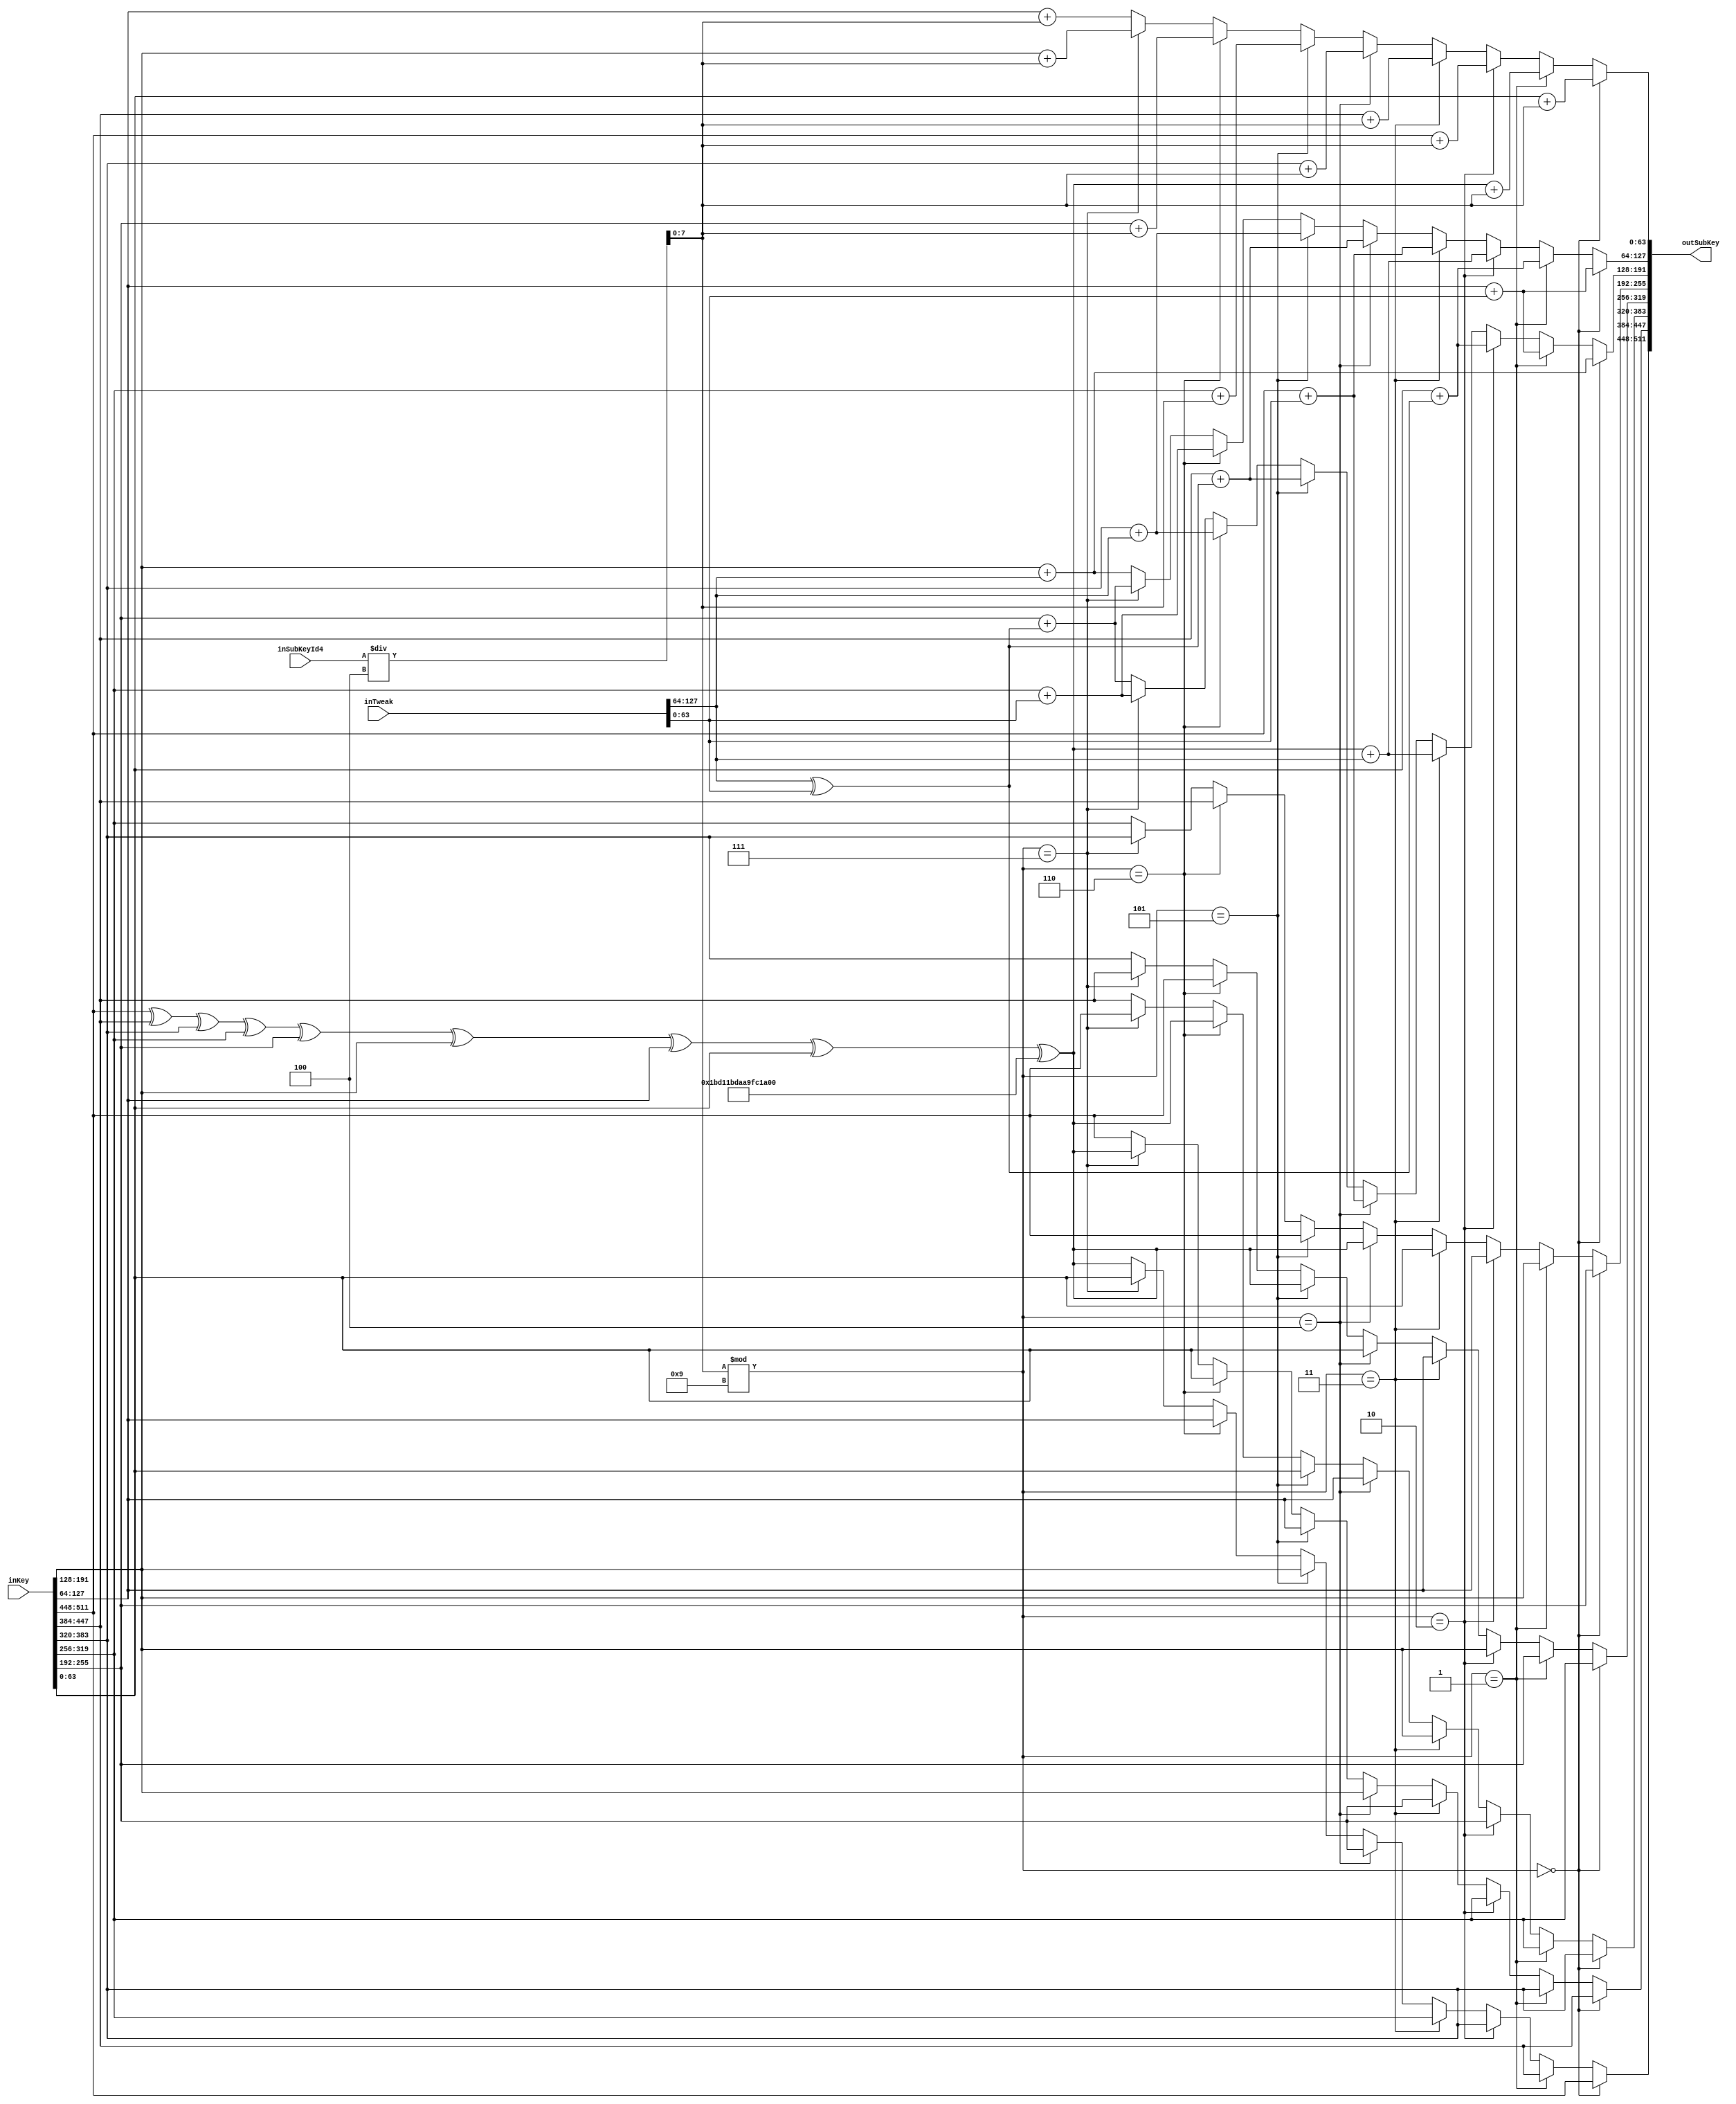
// It is implementation of KeySchedule function in threefish.

module KeyFunc (
	input wire	[511:0] inKey,
	input wire	[127:0] inTweak,
	input wire  [7:0]   inSubKeyId4,
	output wire [511:0] outSubKey);
	
wire [7:0] inSubKeyId;
	
assign inSubKeyId = inSubKeyId4 / 4;
	

assign outSubKey[511:448] = 	(inSubKeyId % 9 == 8'd0) ? 	inKey[511:448] :
										(inSubKeyId % 9 == 8'd1) ? 	inKey[447:384] :
										(inSubKeyId % 9 == 8'd2) ? 	inKey[383:320] :
										(inSubKeyId % 9 == 8'd3) ? 	inKey[319:256] :
										(inSubKeyId % 9 == 8'd4) ? 	inKey[255:192] :
										(inSubKeyId % 9 == 8'd5) ? 	inKey[191:128] :
										(inSubKeyId % 9 == 8'd6) ? 	inKey[127:64] :
										(inSubKeyId % 9 == 8'd7) ? 	inKey[63:0] : inKey[511:448] ^ inKey[447:384] ^ inKey[383:320] ^ inKey[319:256] ^ inKey[255:192] ^ inKey[191:128] ^ inKey[127:64] ^ inKey[63:0] ^ 64'h1BD11BDAA9FC1A22;

assign outSubKey[447:384] = 	(inSubKeyId % 9 == 8'd0) ? 	inKey[447:384] :
										(inSubKeyId % 9 == 8'd1) ? 	inKey[383:320] :
										(inSubKeyId % 9 == 8'd2) ? 	inKey[319:256] :
										(inSubKeyId % 9 == 8'd3) ? 	inKey[255:192] :
										(inSubKeyId % 9 == 8'd4) ? 	inKey[191:128] :
										(inSubKeyId % 9 == 8'd5) ? 	inKey[127:64]  :
										(inSubKeyId % 9 == 8'd6) ? 	inKey[63:0]   :
										(inSubKeyId % 9 == 8'd7) ? 	inKey[511:448] ^ inKey[447:384] ^ inKey[383:320] ^ inKey[319:256] ^ inKey[255:192] ^ inKey[191:128] ^ inKey[127:64] ^ inKey[63:0] ^ 64'h1BD11BDAA9FC1A22 : inKey[511:448];

assign outSubKey[383:320] = 	(inSubKeyId % 9 == 8'd0) ? 	inKey[383:320] :
										(inSubKeyId % 9 == 8'd1) ? 	inKey[319:256] :
										(inSubKeyId % 9 == 8'd2) ? 	inKey[255:192] :
										(inSubKeyId % 9 == 8'd3) ? 	inKey[191:128] :
										(inSubKeyId % 9 == 8'd4) ? 	inKey[127:64]  :
										(inSubKeyId % 9 == 8'd5) ? 	inKey[63:0]    :
										(inSubKeyId % 9 == 8'd6) ? 	inKey[511:448] ^ inKey[447:384] ^ inKey[383:320] ^ inKey[319:256] ^ inKey[255:192] ^ inKey[191:128] ^ inKey[127:64] ^ inKey[63:0] ^ 64'h1BD11BDAA9FC1A22   :
										(inSubKeyId % 9 == 8'd7) ? 	inKey[511:448] : inKey[447:384];

assign outSubKey[319:256] = 	(inSubKeyId % 9 == 8'd0) ? 	inKey[319:256] :
										(inSubKeyId % 9 == 8'd1) ? 	inKey[255:192] :
										(inSubKeyId % 9 == 8'd2) ? 	inKey[191:128] :
										(inSubKeyId % 9 == 8'd3) ? 	inKey[127:64]  :
										(inSubKeyId % 9 == 8'd4) ? 	inKey[63:0]    :
										(inSubKeyId % 9 == 8'd5) ? 	inKey[511:448] ^ inKey[447:384] ^ inKey[383:320] ^ inKey[319:256] ^ inKey[255:192] ^ inKey[191:128] ^ inKey[127:64] ^ inKey[63:0] ^ 64'h1BD11BDAA9FC1A22   :
										(inSubKeyId % 9 == 8'd6) ? 	inKey[511:448] :
										(inSubKeyId % 9 == 8'd7) ? 	inKey[447:384] : inKey[383:320];

assign outSubKey[255:192] = 	(inSubKeyId % 9 == 8'd0) ? 	inKey[255:192] :
										(inSubKeyId % 9 == 8'd1) ? 	inKey[191:128] :
										(inSubKeyId % 9 == 8'd2) ? 	inKey[127:64]  :
										(inSubKeyId % 9 == 8'd3) ? 	inKey[63:0]    :
										(inSubKeyId % 9 == 8'd4) ? 	inKey[511:448] ^ inKey[447:384] ^ inKey[383:320] ^ inKey[319:256] ^ inKey[255:192] ^ inKey[191:128] ^ inKey[127:64] ^ inKey[63:0] ^ 64'h1BD11BDAA9FC1A22   :
										(inSubKeyId % 9 == 8'd5) ? 	inKey[511:448] :
										(inSubKeyId % 9 == 8'd6) ? 	inKey[447:384] :
										(inSubKeyId % 9 == 8'd7) ? 	inKey[383:320] : inKey[319:256];

assign outSubKey[191:128] = 	(inSubKeyId % 9 == 8'd0) ? 	inKey[191:128] + inTweak[127:64] :
										(inSubKeyId % 9 == 8'd1) ? 	inKey[127:64]  + inTweak[63:0] :
										(inSubKeyId % 9 == 8'd2) ? 	inKey[63:0]    + (inTweak[127:64] ^ inTweak[63:0]) :
										(inSubKeyId % 9 == 8'd3) ? 	(inKey[511:448] ^ inKey[447:384] ^ inKey[383:320] ^ inKey[319:256] ^ inKey[255:192] ^ inKey[191:128] ^ inKey[127:64] ^ inKey[63:0] ^ 64'h1BD11BDAA9FC1A22) + inTweak[127:64]  :
										(inSubKeyId % 9 == 8'd4) ? 	inKey[511:448] + inTweak[63:0] :
										(inSubKeyId % 9 == 8'd5) ? 	inKey[447:384] + (inTweak[127:64] ^ inTweak[63:0]) :
										(inSubKeyId % 9 == 8'd6) ? 	inKey[383:320] + inTweak[127:64] :
										(inSubKeyId % 9 == 8'd7) ? 	inKey[319:256] + inTweak[63:0] : inKey[255:192] + (inTweak[127:64] ^ inTweak[63:0]);

assign outSubKey[127:64] = 	(inSubKeyId % 9 == 8'd0) ? 	inKey[127:64]  + inTweak[63:0] :
										(inSubKeyId % 9 == 8'd1) ? 	inKey[63:0]    + (inTweak[127:64] ^ inTweak[63:0]) :
										(inSubKeyId % 9 == 8'd2) ? 	(inKey[511:448] ^ inKey[447:384] ^ inKey[383:320] ^ inKey[319:256] ^ inKey[255:192] ^ inKey[191:128] ^ inKey[127:64] ^ inKey[63:0] ^ 64'h1BD11BDAA9FC1A22) + inTweak[127:64]  :
										(inSubKeyId % 9 == 8'd3) ? 	inKey[511:448] + inTweak[63:0] :
										(inSubKeyId % 9 == 8'd4) ? 	inKey[447:384] + (inTweak[127:64] ^ inTweak[63:0]) :
										(inSubKeyId % 9 == 8'd5) ? 	inKey[383:320] + inTweak[127:64] :
										(inSubKeyId % 9 == 8'd6) ? 	inKey[319:256] + inTweak[63:0] :
										(inSubKeyId % 9 == 8'd7) ? 	inKey[255:192] + (inTweak[127:64] ^ inTweak[63:0]) : inKey[191:128] + inTweak[127:64];										
										
assign outSubKey[63:0] = 		(inSubKeyId % 9 == 8'd0) ? 	inKey[63:0]    + inSubKeyId[7:0] :
										(inSubKeyId % 9 == 8'd1) ? 	(inKey[511:448] ^ inKey[447:384] ^ inKey[383:320] ^ inKey[319:256] ^ inKey[255:192] ^ inKey[191:128] ^ inKey[127:64] ^ inKey[63:0] ^ 64'h1BD11BDAA9FC1A22) + inSubKeyId  :
										(inSubKeyId % 9 == 8'd2) ? 	inKey[511:448] + inSubKeyId[7:0] :
										(inSubKeyId % 9 == 8'd3) ? 	inKey[447:384] + inSubKeyId[7:0] :
										(inSubKeyId % 9 == 8'd4) ? 	inKey[383:320] + inSubKeyId[7:0] :
										(inSubKeyId % 9 == 8'd5) ? 	inKey[319:256] + inSubKeyId[7:0] :
										(inSubKeyId % 9 == 8'd6) ? 	inKey[255:192] + inSubKeyId[7:0] :
										(inSubKeyId % 9 == 8'd7) ? 	inKey[191:128] + inSubKeyId[7:0] : inKey[127:64] + inSubKeyId[7:0];											
										
endmodule